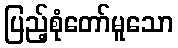
ပြည့်စုံတော်မူသော